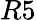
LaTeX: R5